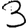
Digit: 3